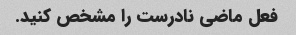
فعل ماضی نادرست را مشخص کنید.